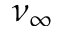
\nu _ { \infty }